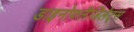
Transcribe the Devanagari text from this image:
डाइनोफ्लैजिलेट्स